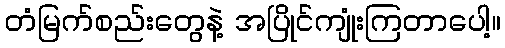
တံမြက်စည်းတွေနဲ့ အပြိုင်ကျုံးကြတာပေါ့။